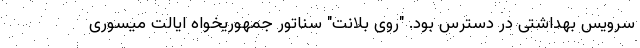
سرویس بهداشتی در دسترس بود. "روی بلانت" سناتور جمهوریخواه ایالت میسوری